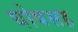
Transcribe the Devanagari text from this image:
घोषसह